Vaccine operations Central Provinces 1900-1911 - 1900-1911
Year: 1900
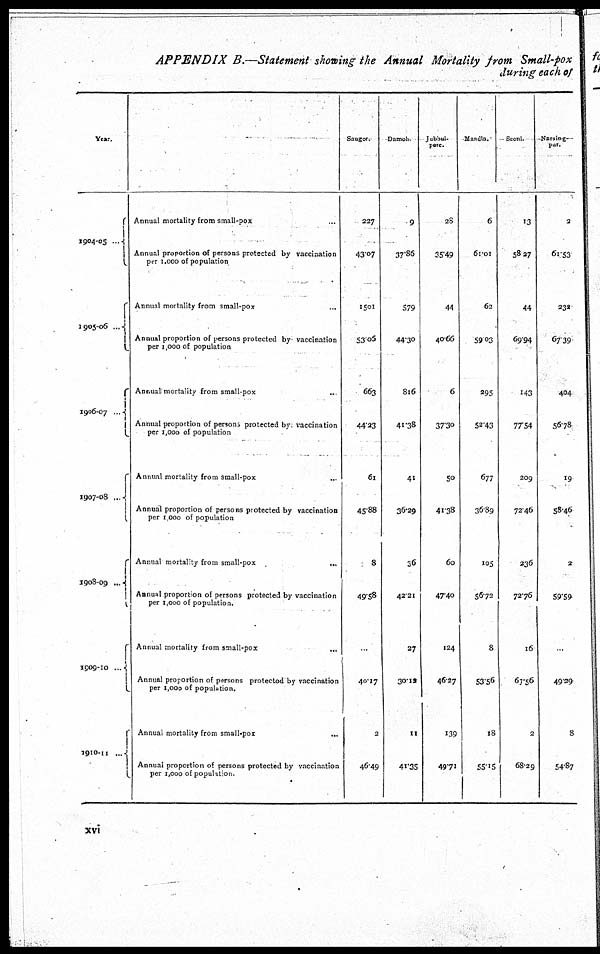
APPENDIX B.—Statement showing the Annual Mortality from Small-pox
during each of
Year.
1904-05
...
1905-06 ...
1906-07...
1907-08 ...
1908-09
...
1909-10 ...
1910-11 ...
Annual mortality from small-pox ...
Annual proportion of persons protected by vaccination
per 1,000 of population
Annual mortality from small-pox ...
Annual proportion of persons protected by vaccination
per 1,000 of population
Annual mortality from small-pox ...
Annual proportion of persons protected by vaccination
per 1,000 of population
Annual mortality from small-pox ...
Annual proportion of persons protected by vaccination
per 1,000 of population
Annual mortality from small-pox
...
Annual proportion of persons protected by vaccination
per 1,000 of population.
Annual mortality from small-pox
...
Annual proportion of persons protected by vaccination
per 1,000 of population.
Annual mortality from small-pox
...
Annual proportion of persons protected by vaccination
per 1,000 of population.
Saugor.
227
43.07
15.01
53.05
663
44.23
61
45.88
8
49.58
...
40.17
2
46.49
Damoh.
9
37.86
579
44.30
816
41.38
41
36.29
36
42.21
27
30.12
11
41.35
Jubbul¬
pore.
28
35.49
44
40.66
6
37.30
50
41.38
60
47.40
124
46.27
139
49.71
Mandla.
6
61.01
62
59.03
295
52.43
677
36.89
105
56.72
8
53.56
18
55.15
Seoni.
13
58.27
44
69.94
143
77.54
209
72.46
236
72.76
16
67.56
2
68.29
Narsing¬
pur.
2
61.53
232
67.39
404
56.78
19
58.46
2
59.59
...
49.29
8
54.87
xvi